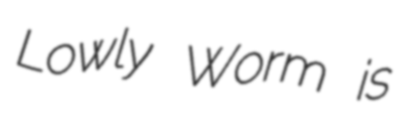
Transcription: Lowly Worm is